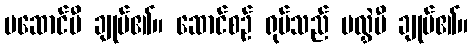
မဆောင်မီ ချုပ်၏။ ဆောင်စဉ် ရုပ်သည် မလွှဲမီ ချုပ်၏။